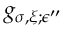
g _ { \sigma , \xi ; \epsilon ^ { \prime \prime } }